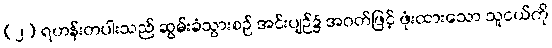
(၂) ရဟန်းတပါးသည် ဆွမ်းခံသွားစဉ် အင်းပျဉ်၌ အဝတ်ဖြင့် ဖုံးထားသော သူငယ်ကို